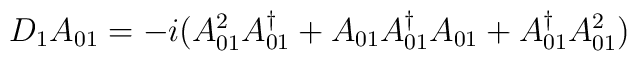
D_{1}A_{01}=-i(A_{01}^{2}A^{\dag }_{01}+A_{01}A^{\dag }_{01}A_{01}+A^{\dag }_{01}A_{01}^{2})